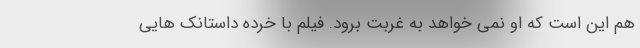
هم این است که او نمی خواهد به غربت برود. فیلم با خرده داستانک هایی